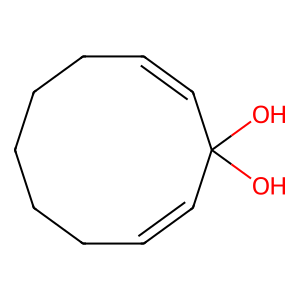
SMILES: OC1(O)C=CCCCCCC=C1
Inhibits HIV replication: No